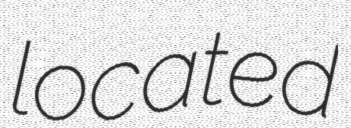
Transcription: located